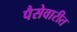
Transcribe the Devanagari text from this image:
पैसेवारीत